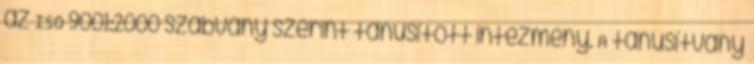
az ISO 9001:2000 szabvány szerint tanúsított intézmény. A tanúsítvány